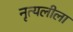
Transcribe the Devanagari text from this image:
नृत्यलीला